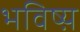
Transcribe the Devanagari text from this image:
भविष्य़